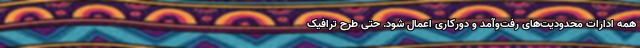
همه ادارات محدودیت‌های رفت‌وآمد و دورکاری اعمال شود. حتی طرح ترافیک